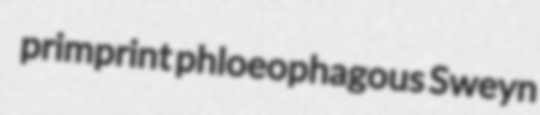
primprint phloeophagous Sweyn